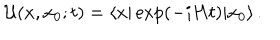
{ \cal U } ( x , x _ { 0 } ; t ) = \langle x \vert \exp ( - i H t ) \vert x _ { 0 } \rangle \, .